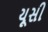
યૂસી